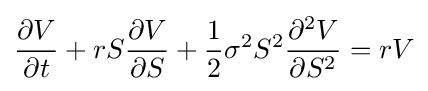
{\frac {\partial V}{\partial t}}+rS{\frac {\partial V}{\partial S}}+{\frac {1}{2}}\sigma ^{2}S^{2}{\frac {\partial ^{2}V}{\partial S^{2}}}=rV